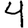
Digit: 4